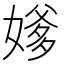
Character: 𪦕